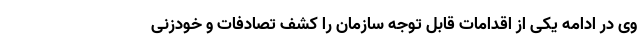
وی در ادامه یکی از اقدامات قابل توجه سازمان را کشف تصادفات و خودزنی